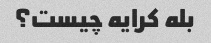
بله کرایه چیست؟